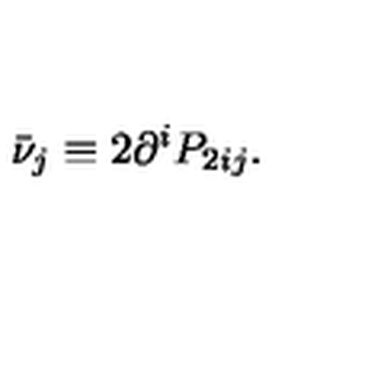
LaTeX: \bar { \nu } _ { j } \equiv 2 \partial ^ { i } P _ { 2 i j } .